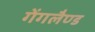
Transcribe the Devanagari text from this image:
गेंगलैण्ड